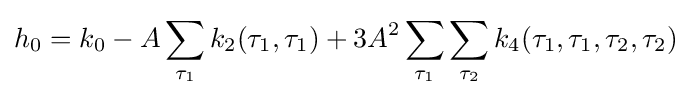
h_{0}=k_{0}-A\sum _{\tau _{1}}k_{2}(\tau _{1},\tau _{1})+3A^{2}\sum _{\tau _{1}}\sum _{\tau _{2}}k_{4}(\tau _{1},\tau _{1},\tau _{2},\tau _{2})